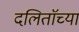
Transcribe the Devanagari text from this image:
दलिताॅच्या